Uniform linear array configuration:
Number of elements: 48
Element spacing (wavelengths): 0.5
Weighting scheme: cosine
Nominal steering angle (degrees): -15
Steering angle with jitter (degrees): -13.987
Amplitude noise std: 0.05
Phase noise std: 0.05

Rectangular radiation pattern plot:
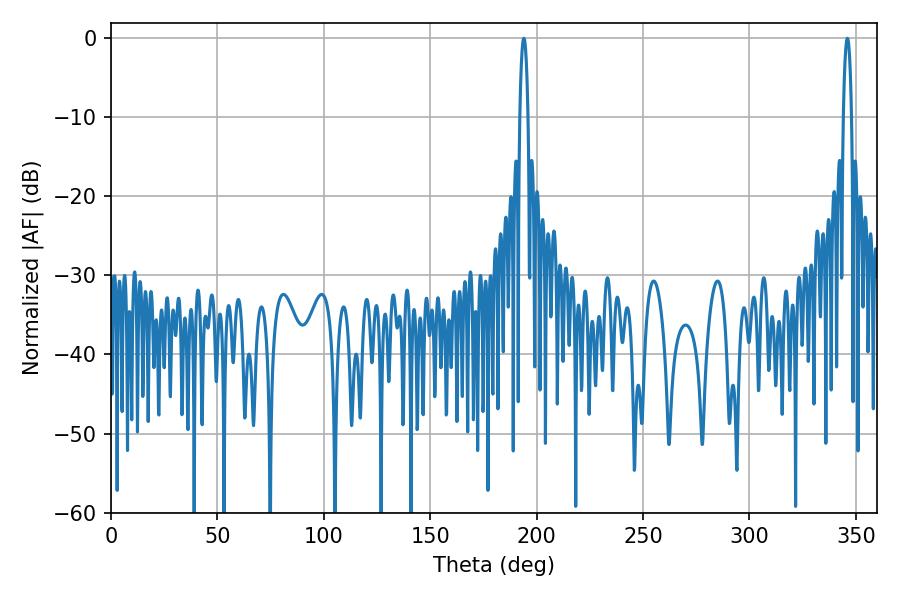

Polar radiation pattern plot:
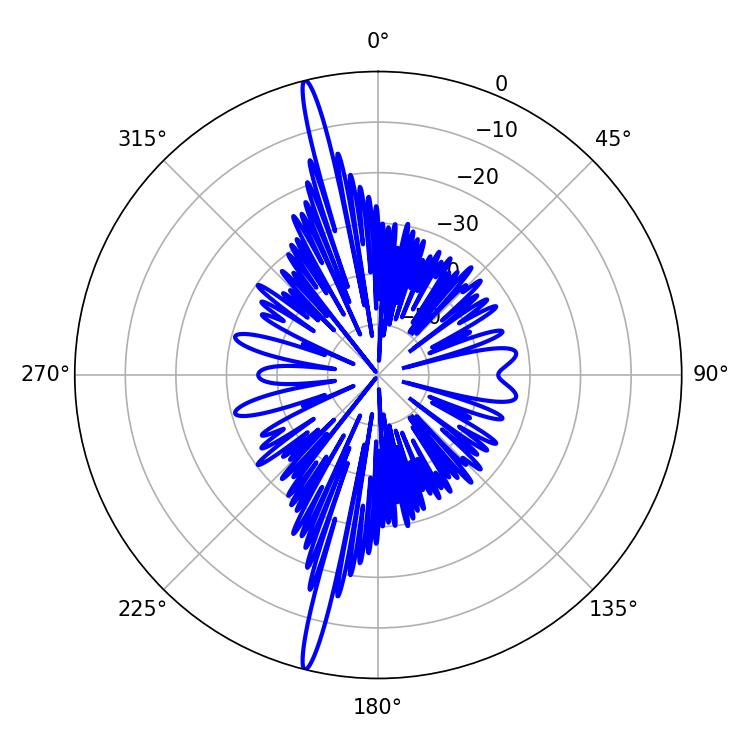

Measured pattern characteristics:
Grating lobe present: FALSE
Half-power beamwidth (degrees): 2.16
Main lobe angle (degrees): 345.96